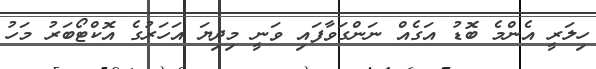
ހިލަރީ އެންމެ ބޮޑު އަގެއް ނަންގަވާފައި ވަނީ މިދިޔަ އަހަރުގެ އޮކްޓޯބަރު މަހު